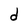
Character: d